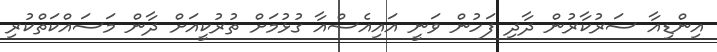
އިންޑިއާ ސަރުކާރުން ދާދި ފަހުން ވަނީ އައިއެސްއާ ގުޅުމަށް ތުރުކީއަށް ދާން މަސައްކަތްކުރި